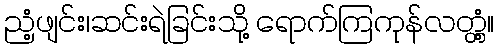
ညံ့ဖျင်း၊ဆင်းရဲခြင်းသို့ ရောက်ကြကုန်လတ္တံ့။